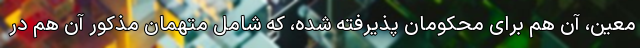
معین، آن هم برای محکومان پذیرفته شده، که شامل متهمان مذکور آن هم در